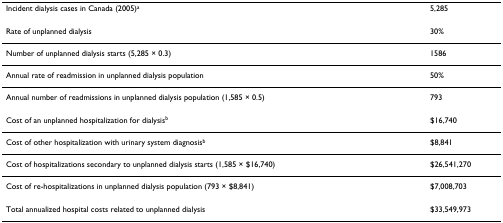
| Incident dialysis cases in Canada (2005)a | 5,285 |
 | --- | --- |
 | Rate of unplanned dialysis | 30% |
 | Number of unplanned dialysis starts (5,285 × 0.3) | 1586 |
 | Annual rate of readmission in unplanned dialysis population | 50% |
 | Annual number of readmissions in unplanned dialysis population (1,585 × 0.5) | 793 |
 | Cost of an unplanned hospitalization for dialysisb | $16,740 |
 | Cost of other hospitalization with urinary system diagnosisb | $8,841 |
 | Cost of hospitalizations secondary to unplanned dialysis starts (1,585 × $16,740) | $26,541,270 |
 | Cost of re-hospitalizations in unplanned dialysis population (793 × $8,841) | $7,008,703 |
 | Total annualized hospital costs related to unplanned dialysis | $33,549,973 |